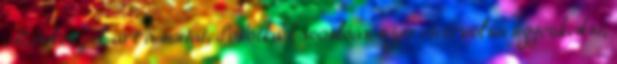
Minden jel arra mutat, Sobotka hasonlóan szeretett volna ügyeskedni,